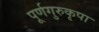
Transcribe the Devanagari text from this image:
पूर्णगुरुकृपा